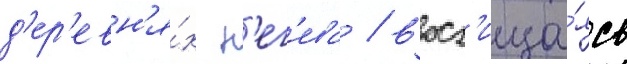
д'ер'евн'я́х н'ег'ева / восх'ища́ясь